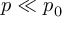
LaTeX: p \ll p _ { 0 }